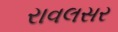
રાવલસર